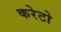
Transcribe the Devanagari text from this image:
करेटो